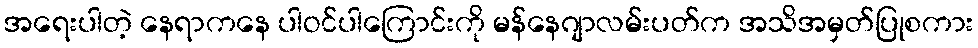
အရေးပါတဲ့ နေရာကနေ ပါဝင်ပါကြောင်းကို မန်နေဂျာလမ်းပတ်က အသိအမှတ်ပြုစကား